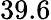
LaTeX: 39.6